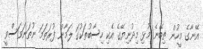
އޭނާގެ މީހުން ތިބޭނެ މުޅި މިދުނިޔޭގެ އެކި ހިސާބުތަކުގަ ލަމާން ފުރަތަމަ ނުތަނަވަސްވީ